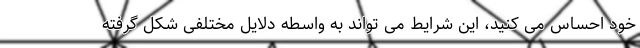
خود احساس می کنید، این شرایط می تواند به واسطه دلایل مختلفی شکل گرفته